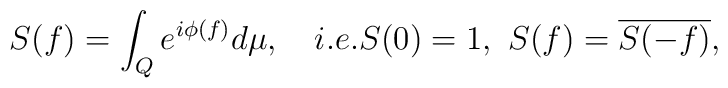
S(f)=\int_{Q}e^{i\phi (f)}d\mu ,\quad i.e.S(0)=1,\,\,S(f)=\overline{S(-f)}, \nonumber